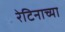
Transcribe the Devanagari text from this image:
रेटिनाच्या